Problem: 33 - 9 = ?
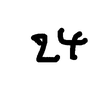
Handwritten answer: 24